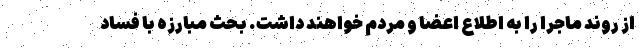
از روند ماجرا را به اطلاع اعضا و مردم خواهند داشت. بحث مبارزه با فساد